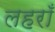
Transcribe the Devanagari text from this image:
लहराँ